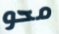
محو